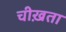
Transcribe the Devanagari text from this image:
चीख़ता